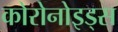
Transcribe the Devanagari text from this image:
कोरोनोइड्स